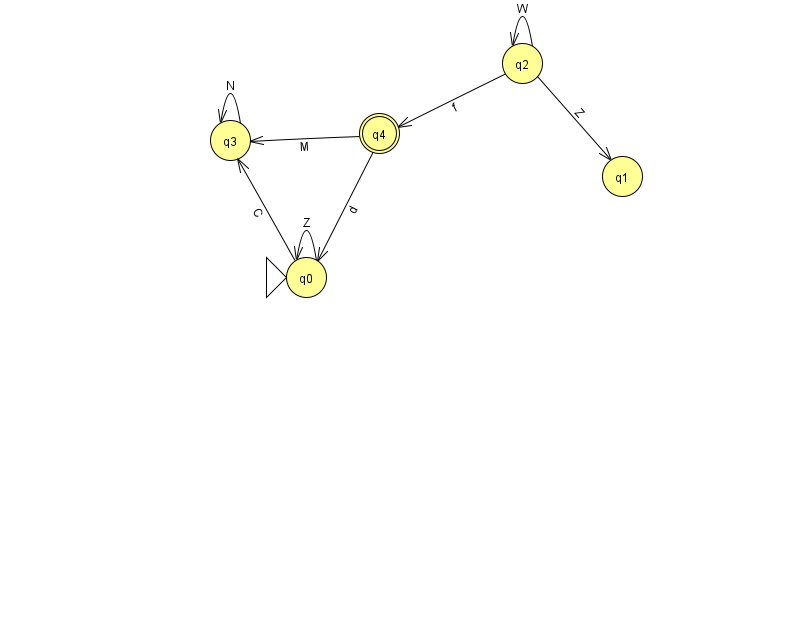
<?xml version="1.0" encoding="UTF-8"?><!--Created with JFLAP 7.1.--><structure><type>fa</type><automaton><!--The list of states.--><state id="0" name="q0"><x>306.0</x><y>264.0</y><initial/></state><state id="1" name="q1"><x>622.0</x><y>163.0</y></state><state id="2" name="q2"><x>522.0</x><y>50.0</y></state><state id="3" name="q3"><x>230.0</x><y>127.0</y></state><state id="4" name="q4"><x>379.0</x><y>120.0</y><final/></state><!--The list of transitions.--><transition><from>0</from><to>3</to><read>C</read></transition><transition><from>2</from><to>4</to><read>f</read></transition><transition><from>4</from><to>3</to><read>M</read></transition><transition><from>2</from><to>2</to><read>W</read></transition><transition><from>0</from><to>0</to><read>Z</read></transition><transition><from>4</from><to>0</to><read>d</read></transition><transition><from>2</from><to>1</to><read>Z</read></transition><transition><from>3</from><to>3</to><read>N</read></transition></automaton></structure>